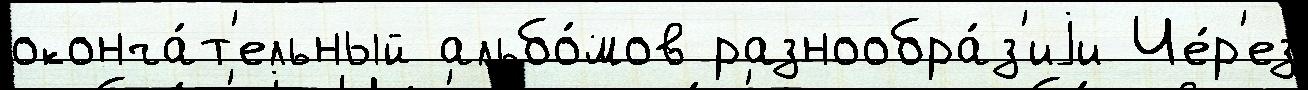
оконча́т'ельный альбо́мов разнообра́з'иjи Че́р'ез